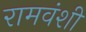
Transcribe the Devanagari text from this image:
रामवंशी